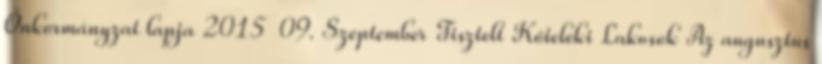
Önkormányzat lapja 2015 09. Szeptember Tisztelt Kőteleki Lakosok Az augusztus